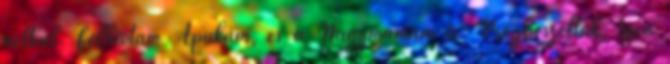
nélkül. Felhívtam Apukám, és a Nagymamám is. Megbeszéltük, igen